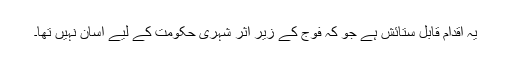
یہ اقدام قابلِ ستائش ہے جو کہ فوج کے زیرِ اثر شہری حکومت کے لیے آسان نہیں تھا۔